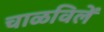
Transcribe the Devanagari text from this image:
चाळविलें